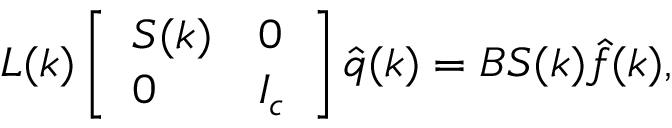
\boldsymbol { L } ( \boldsymbol { k } ) \left[ \begin{array} { l l } { \boldsymbol { S } ( \boldsymbol { k } ) } & { \boldsymbol { 0 } } \\ { \boldsymbol { 0 } } & { \boldsymbol { I _ { c } } } \end{array} \right] \boldsymbol { \hat { q } } ( \boldsymbol { k } ) = \boldsymbol { B } \boldsymbol { S } ( \boldsymbol { k } ) \boldsymbol { \hat { f } } ( \boldsymbol { k } ) ,